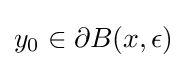
y_{0}\in \partial B(x,\epsilon )